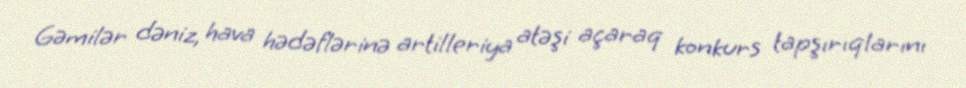
Gəmilər dəniz, hava hədəflərinə artilleriya atəşi açaraq konkurs tapşırıqlarını